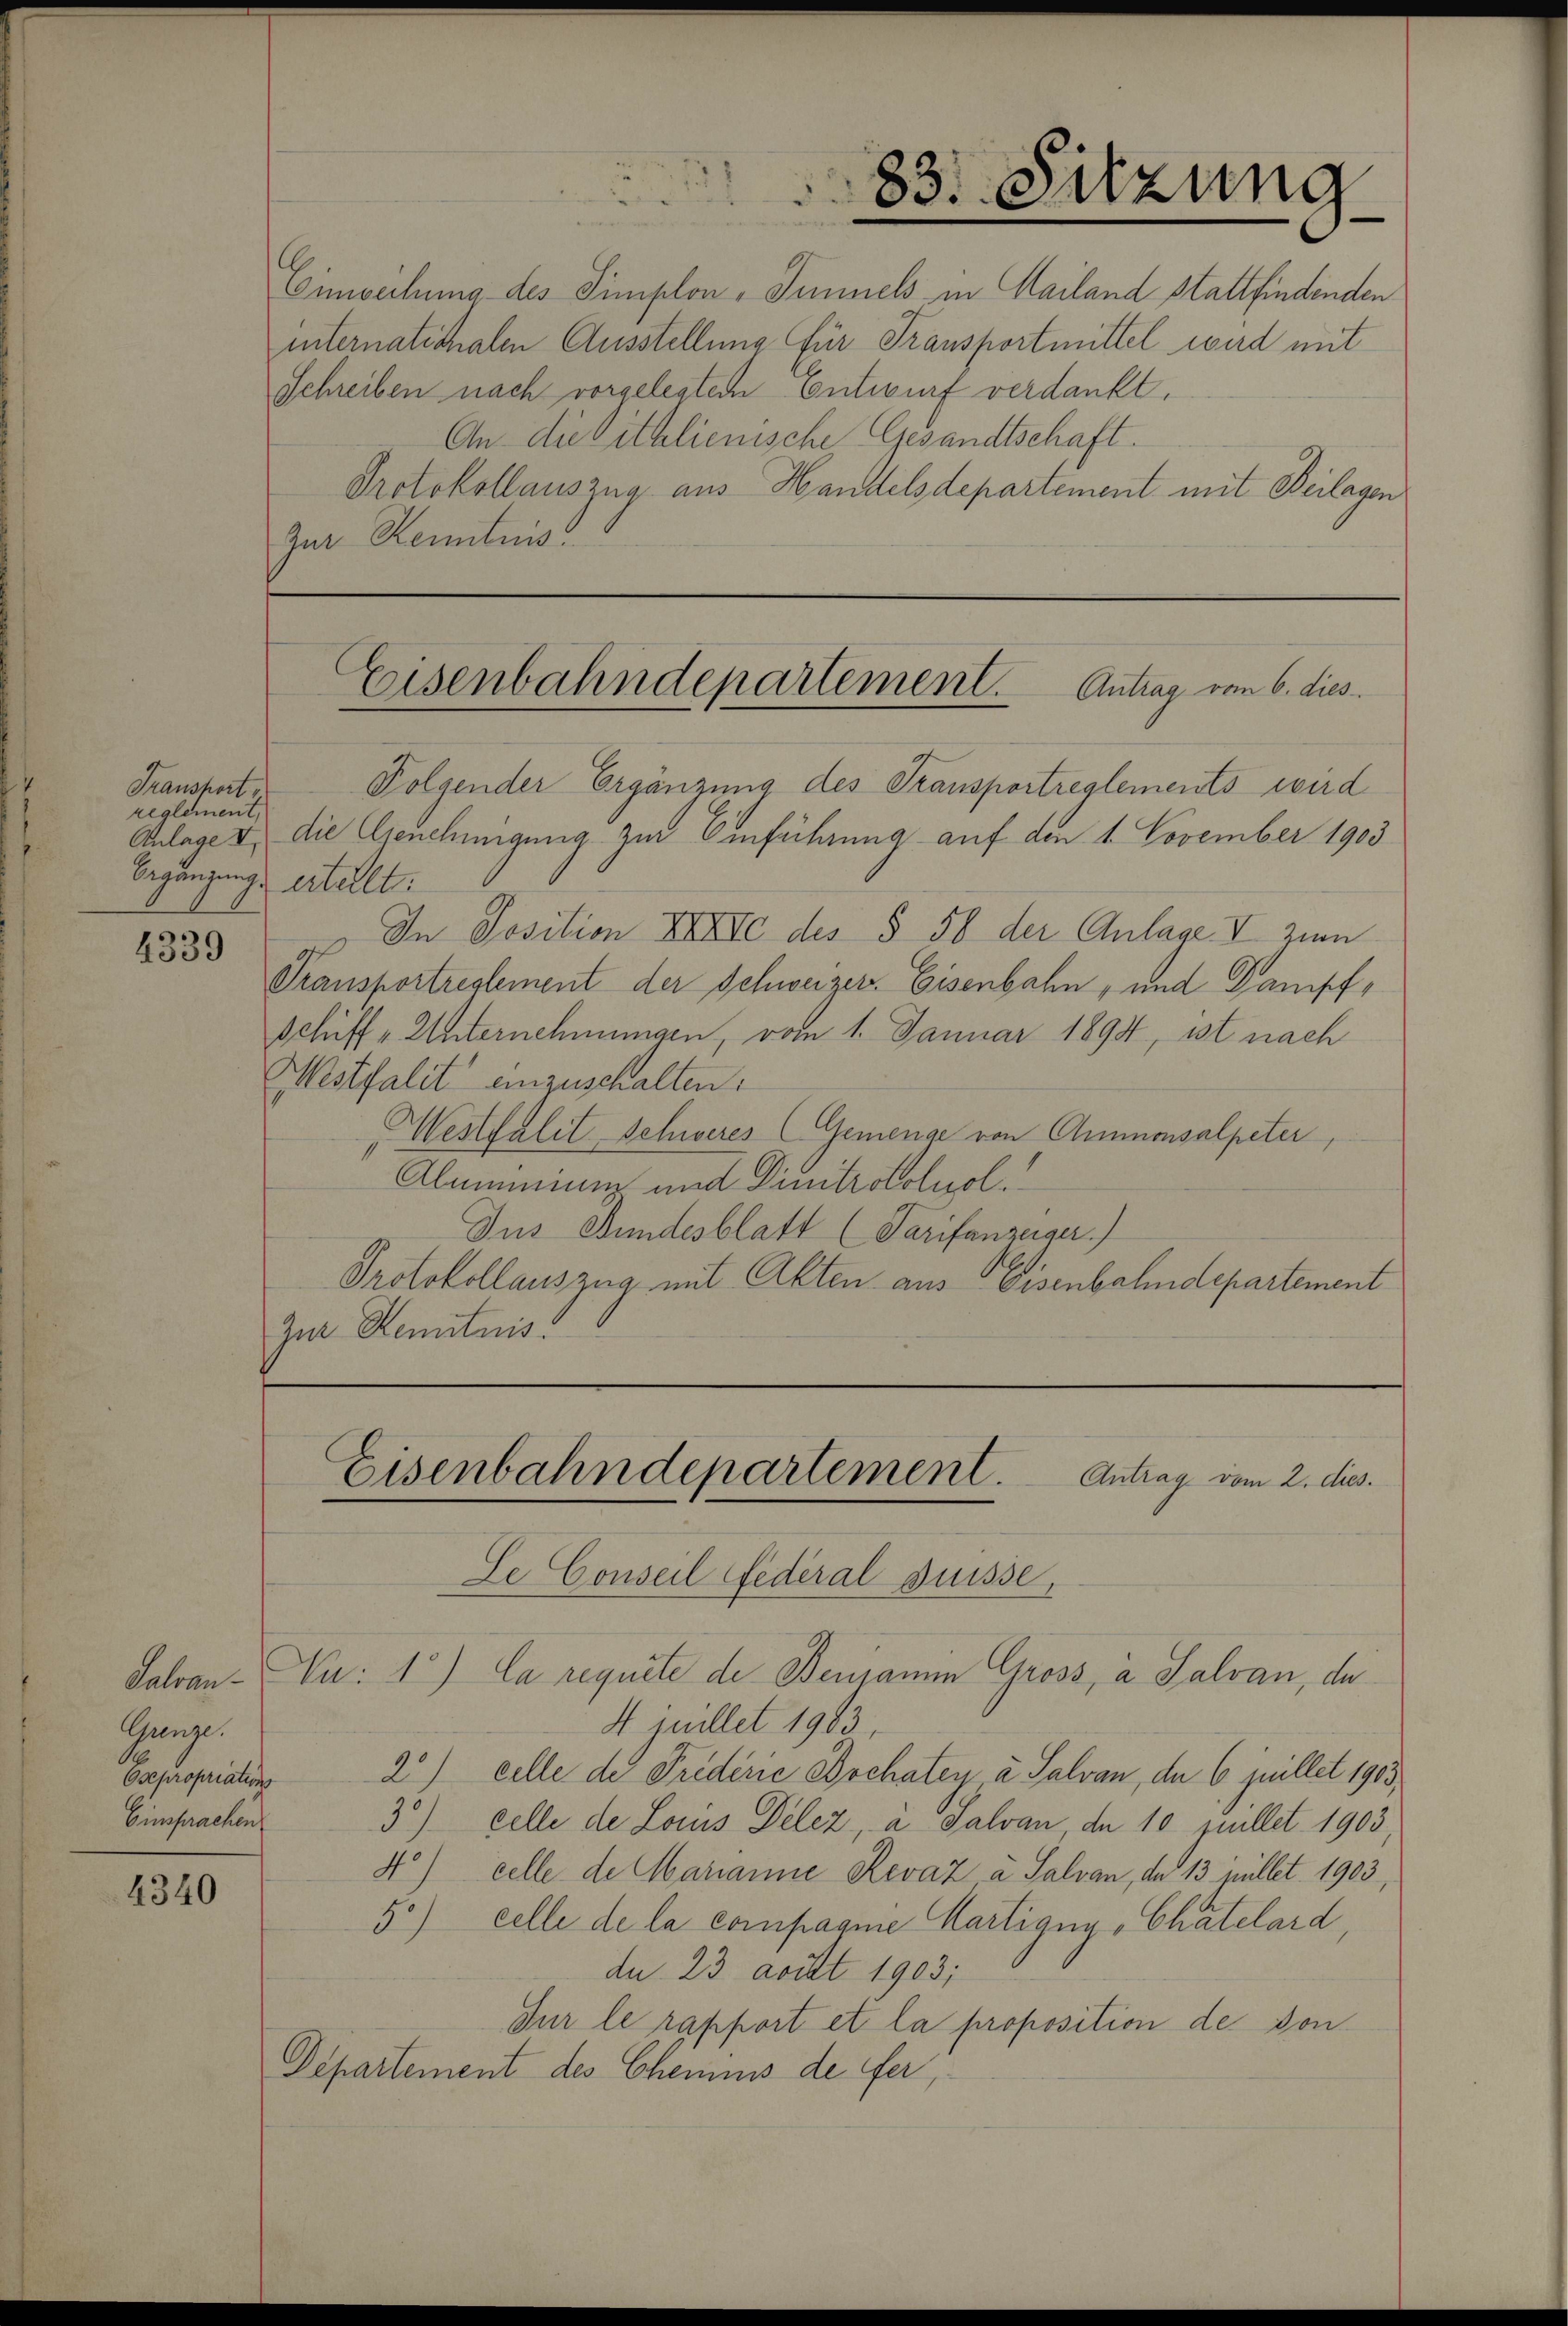
Fransport
reglement,
Begangung ertellt:

4339

Gange.
Osepropriations
Einsprachen

4340

6
Emwechung des Simplon, Simmels in Mailand stattfindenden
internatithalen Ausstellung für Transportmittel wird mit
Schreiben nach vorgelegtem Entwurf verdankt.
An die Sittlienische Gesandtschaft.
Protokollauszug aus Handelsdepartement mit Beilagen
Zur Kenntnis

83. Sitzung

Folgender Ergänzung des Transportreglements wird
Anlage & die Genehmigung zur Einführung auf den 1. November 1903
In Position XXXII des § 58 der Anlage I zum
Transportreglement der Schweizer. Eisenbahn, und Dampf¬
Schiff- Unternehmungen, vom 1. Januar 1894, ist nach
Mstfalt einzuschalten.
Mesthalet Schweres (Gemenge von Ammonsalpeter,
Alammiung und Dinitrotoluol.
Zus Bundesblatt (Tarifanzeiger.)
Protokollauszug mit Akten aus Eisenbahndepartement
Zur Kemnitaris

Eisenbahndepartement. Antrag vom 6. dies

Salvan-Pu: 1.) Ca requite de Benjamin Gross, a Salvan, de
4 juillet 1903,
2) eille der Friderie Bochatey à Salvan, de 6 juillet 1903
30) celle de Lois Delez, a Salvan, da 10 sullet 1903,
4) celle de Marianne Revaz à Salvan, da 13 pullet 1903,
5) celle de la compagnie Martigen Chatelard,
du 23 avit 1903;
Dur le rapport et la proposition de von
Departement des Chemnis de fer,

Eisenbahndepartement. Antrag vom 2. dies
Le Conseil Federal Suisse,